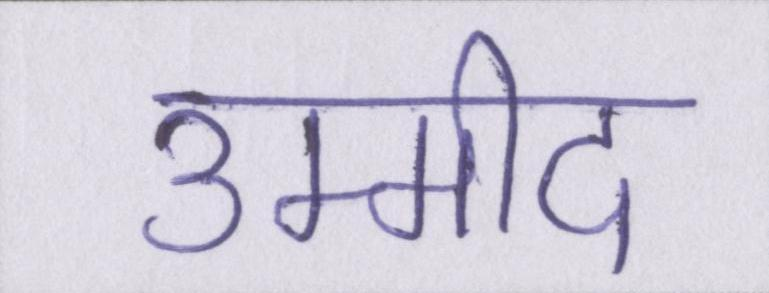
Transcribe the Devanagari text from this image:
उम्मीद